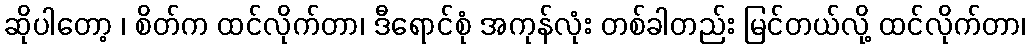
ဆိုပါတော့ ၊ စိတ်က ထင်လိုက်တာ၊ ဒီရောင်စုံ အကုန်လုံး တစ်ခါတည်း မြင်တယ်လို့ ထင်လိုက်တာ၊